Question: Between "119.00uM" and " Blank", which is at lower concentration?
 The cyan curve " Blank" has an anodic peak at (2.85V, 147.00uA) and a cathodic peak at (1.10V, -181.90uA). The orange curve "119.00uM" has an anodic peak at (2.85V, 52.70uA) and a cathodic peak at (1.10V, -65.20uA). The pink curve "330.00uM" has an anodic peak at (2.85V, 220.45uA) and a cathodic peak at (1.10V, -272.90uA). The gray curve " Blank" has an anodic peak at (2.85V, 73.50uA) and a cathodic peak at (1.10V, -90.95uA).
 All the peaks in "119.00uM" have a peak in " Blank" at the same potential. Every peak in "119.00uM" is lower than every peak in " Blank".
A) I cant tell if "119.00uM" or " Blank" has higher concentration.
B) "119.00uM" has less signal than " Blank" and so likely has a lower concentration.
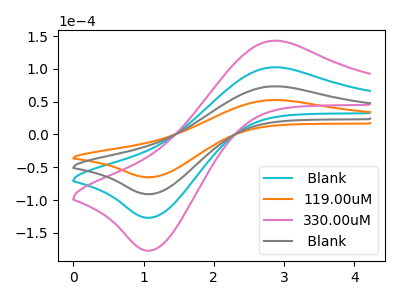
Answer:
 <answer>B) "119.00uM" has less signal than " Blank" and so likely has a lower concentration.</answer>
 <eval>B</eval>